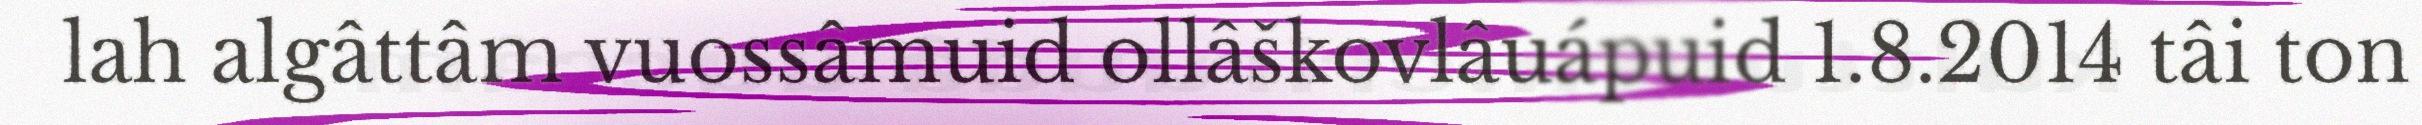
lah algâttâm vuossâmuid ollâškovlâuápuid 1.8.2014 tâi ton